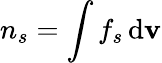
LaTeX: n_{s}=\int f_{s}\, \mathrm{d}\mathbf{v}